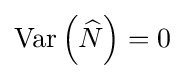
\operatorname {Var} \left({\widehat {N}}\right)=0